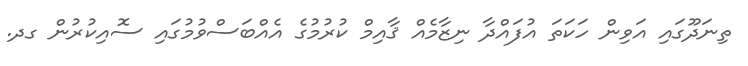
ތިނަދޫގައި އަވިން ހަކަތަ އުފައްދާ ނިޒާމެއް ޤާއިމް ކުރުމުގެ އެއްބަސްވުމުގައި ސޮއިކުރުން ގދ.